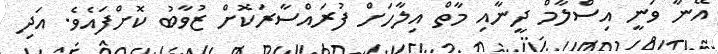
އޭނާ ވަނީ އިސްލާމް ދީނާއި މާތް އިލާހަށް ފުރައްސާރަކޮށް ޒުވާބު ކޮށްފައެވެ. އަދި